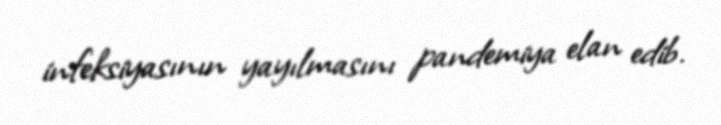
infeksiyasının yayılmasını pandemiya elan edib.